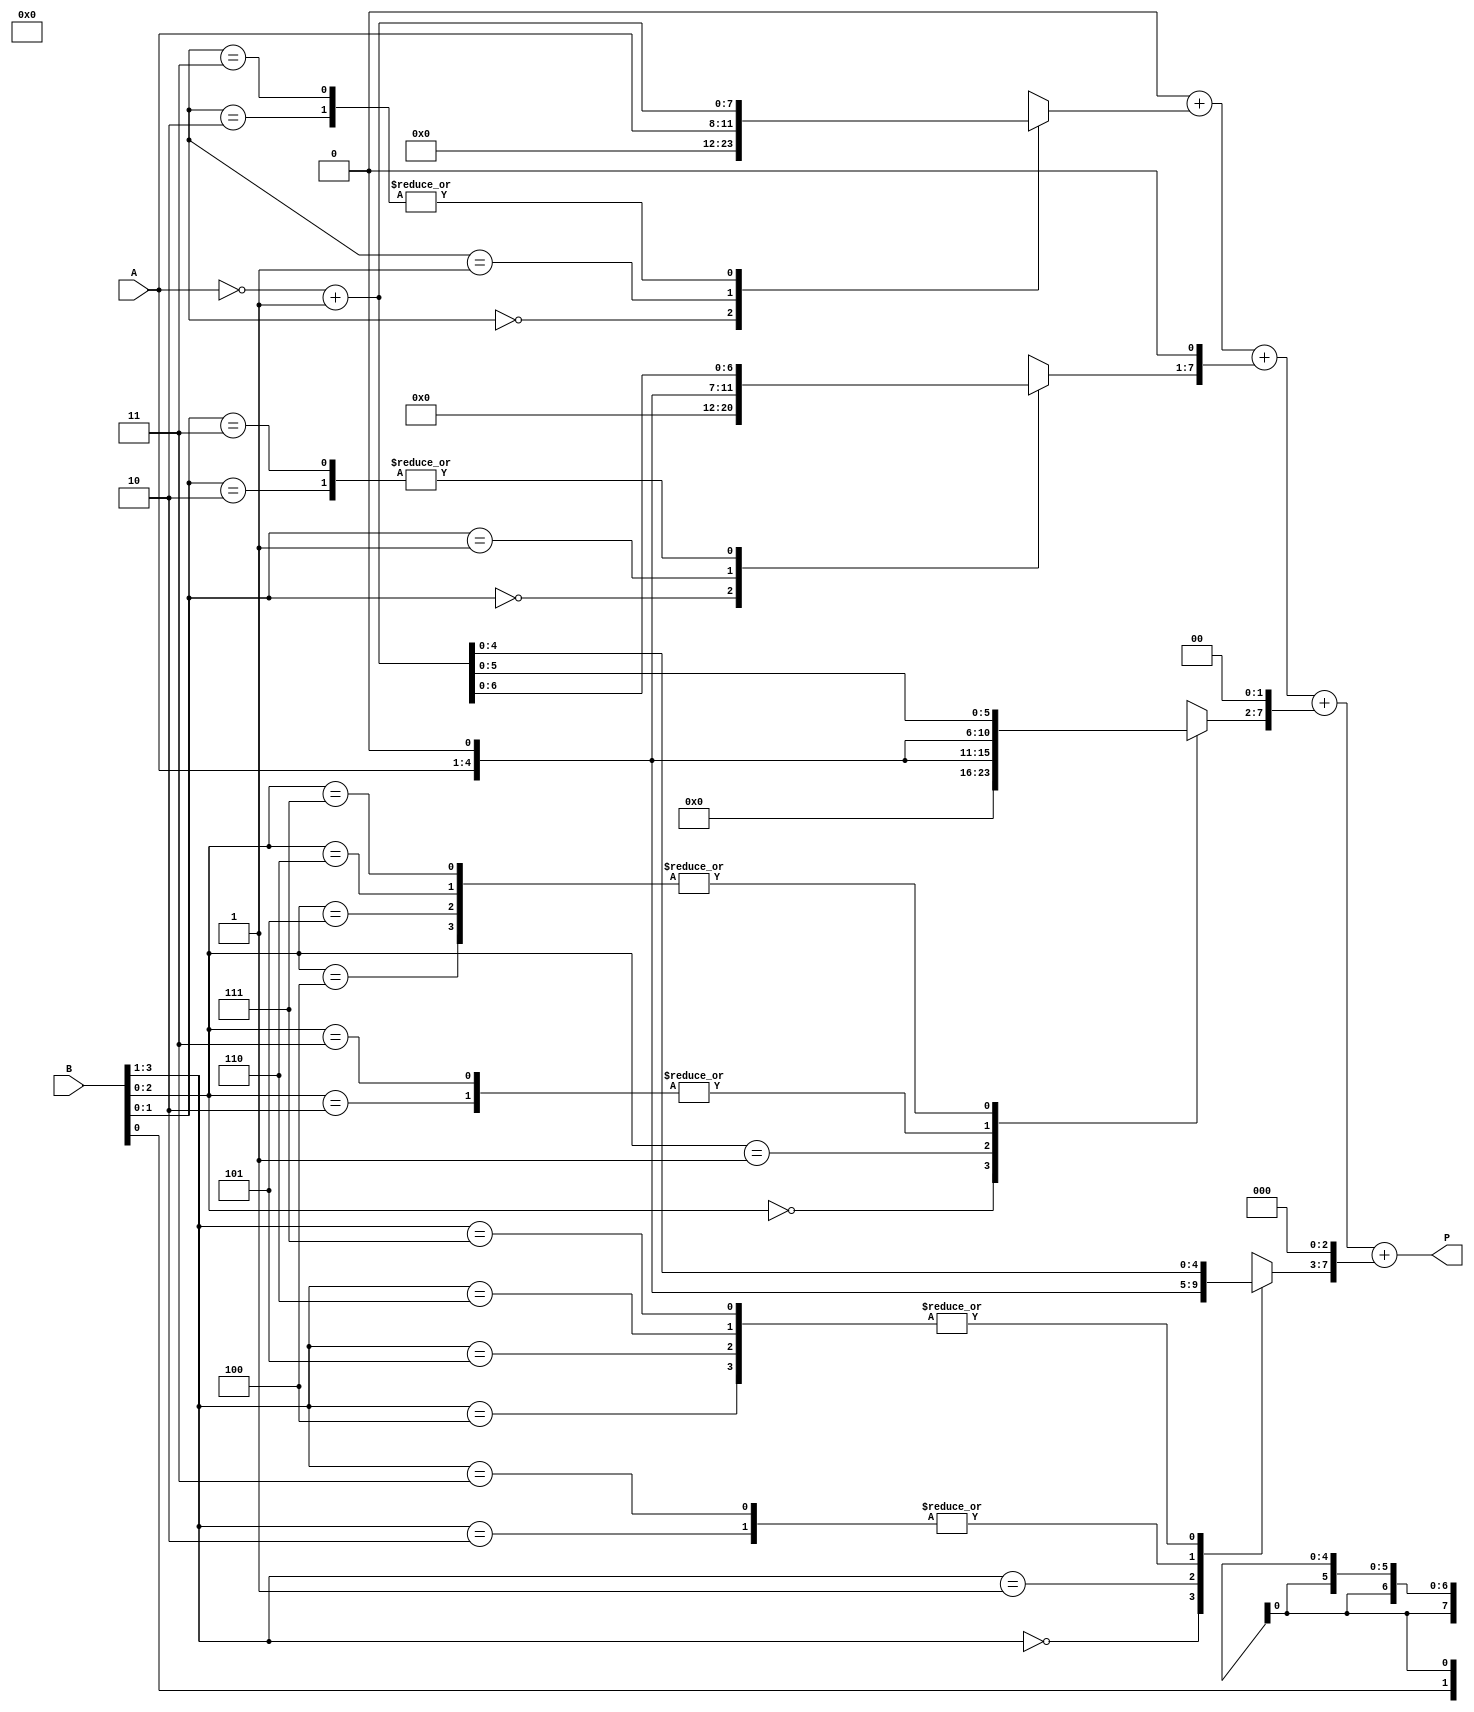
module modified_booth_multiplier #(parameter N = 4) (
    input  wire [N-1:0] A,  // Multiplicand
    input  wire [N-1:0] B,  // Multiplier
    output reg [2*N-1:0] P // Product
);

    reg [N-1:0] A_reg;
    reg [N-1:0] B_reg;
    reg [2*N-1:0] partial_products [0:N]; // Array to hold partial products
    reg [N+1:0] B_extended; // Extended B for Booth encoding
    integer i;

    // Booth encoding and partial product generation
    always @(*) begin
        // Initialize
        P = 0;
        A_reg = A;
        B_reg = B;
        B_extended = {1'b0, B, 1'b0}; // Extend B for Booth encoding

        // Generate partial products based on Booth encoding
        for (i = 0; i < N; i = i + 1) begin
            case (B_extended[i+1:i-1]) // Check 3 bits
                3'b000: partial_products[i] = 0; // No action
                3'b001: partial_products[i] = A_reg; // Add A
                3'b010: partial_products[i] = A_reg << 1; // Add 2A
                3'b011: partial_products[i] = A_reg << 1; // Add 2A (same as 2A)
                3'b100: partial_products[i] = ~A_reg + 1; // Subtract A (-A)
                3'b101: partial_products[i] = ~A_reg + 1; // Subtract A (-A)
                3'b110: partial_products[i] = ~A_reg + 1; // Subtract A (-A)
                3'b111: partial_products[i] = ~A_reg + 1; // Subtract A (-A)
                default: partial_products[i] = 0;
            endcase
        end

        // Sum the partial products with appropriate shifts
        for (i = 0; i < N; i = i + 1) begin
            P = P + (partial_products[i] << i); // Shift left according to position
        end
    end

endmodule